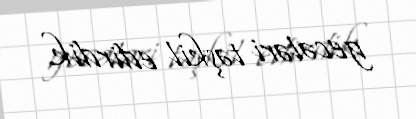
gecələri təşkil edirdik.